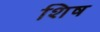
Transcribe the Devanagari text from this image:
शिष